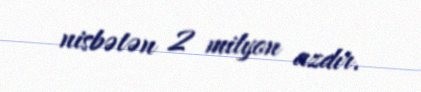
nisbətən 2 milyon azdır.